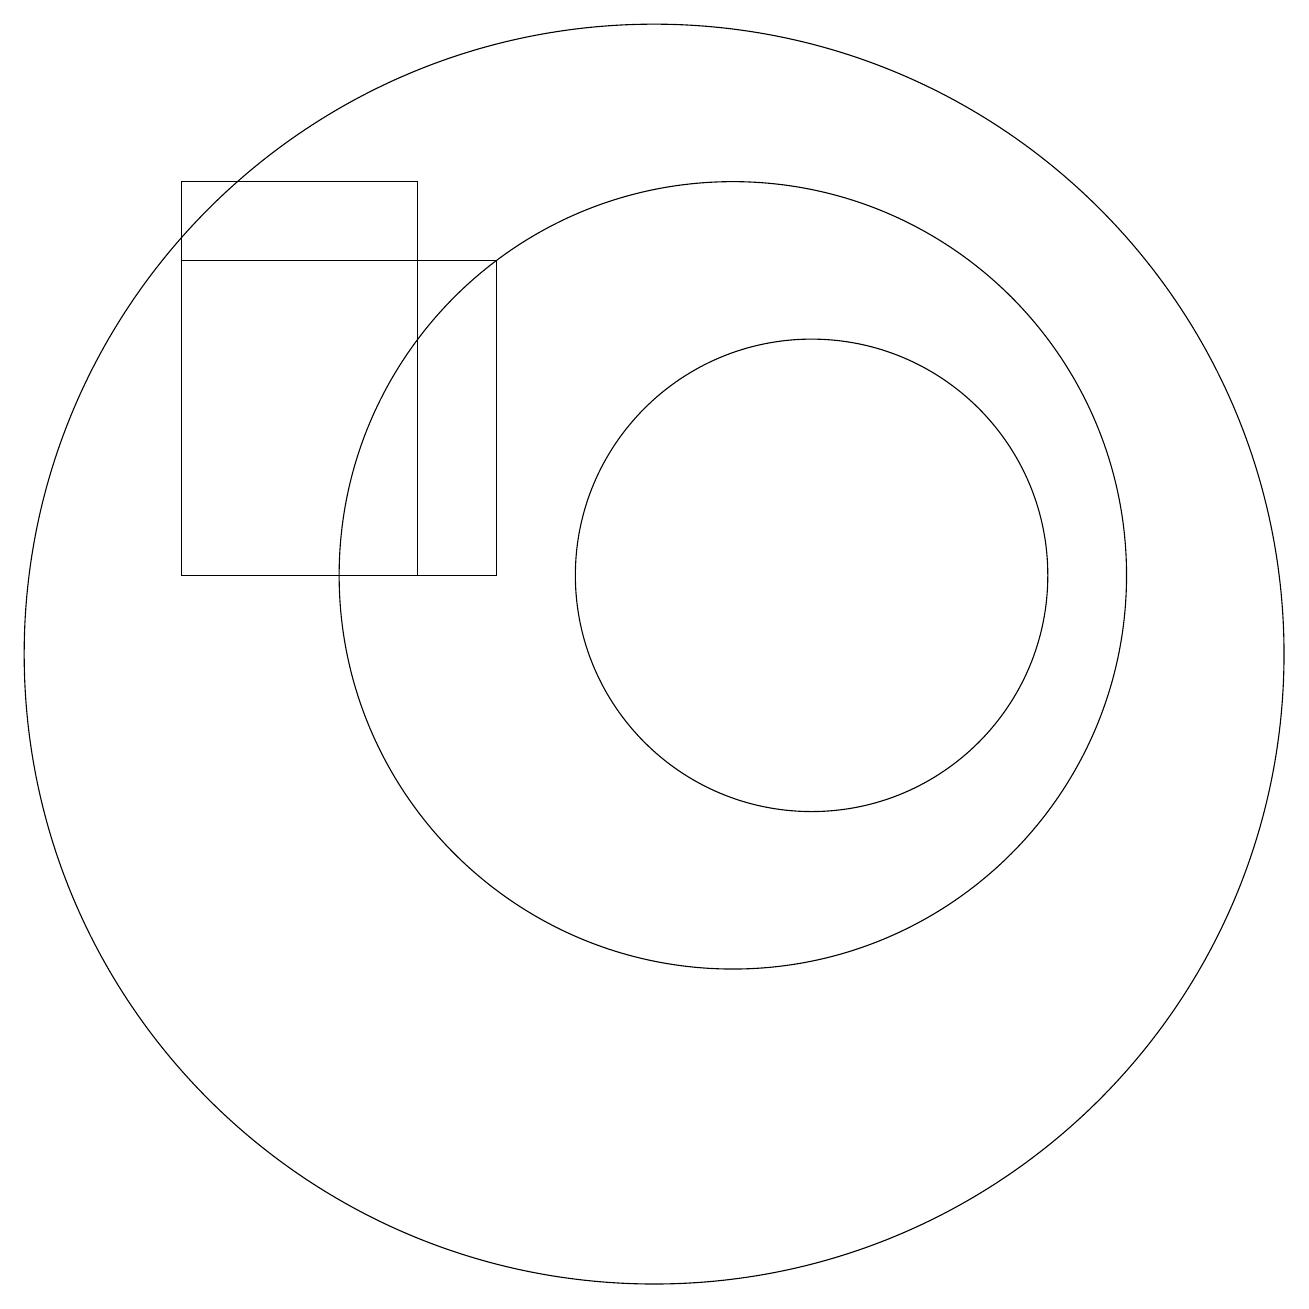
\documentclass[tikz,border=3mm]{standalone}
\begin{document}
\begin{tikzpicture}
\draw (11,11) circle (5);
\draw (10,10) circle (8);
\draw (7,16) rectangle (4,11);
\draw (4,15) rectangle (8,11);
\draw (12,11) circle (3);
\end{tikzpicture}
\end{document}